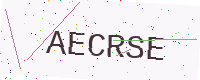
Text: AECRSE